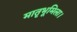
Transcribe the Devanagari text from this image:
मातृभूमिला।